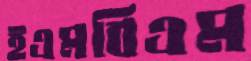
ইএমবিএম